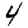
Digit: 4